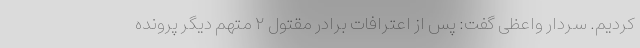
کردیم. سردار واعظی گفت: پس از اعترافات برادر مقتول ۲ متهم دیگر پرونده